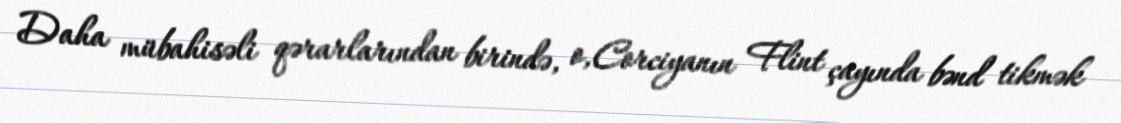
Daha mübahisəli qərarlarından birində, o,Corciyanın Flint çayında bənd tikmək